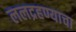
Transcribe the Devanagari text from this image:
ललद्रहण्याचा